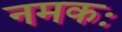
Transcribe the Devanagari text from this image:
नमकः